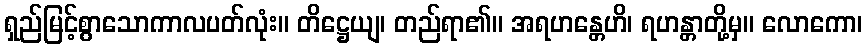
ရှည်မြင့်စွာသောကာလပတ်လုံး။ တိဋ္ဌေယျ၊ တည်ရာ၏။ အရဟန္တေဟိ၊ ရဟန္တာတို့မှ။ လောကော၊